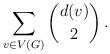
LaTeX: \begin{align*}\sum_{v \in V(G)} \binom{d(v)}{2}\,.\end{align*}